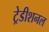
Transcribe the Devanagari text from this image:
ट्रेडीशनल